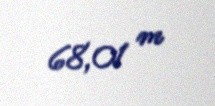
68,01 m